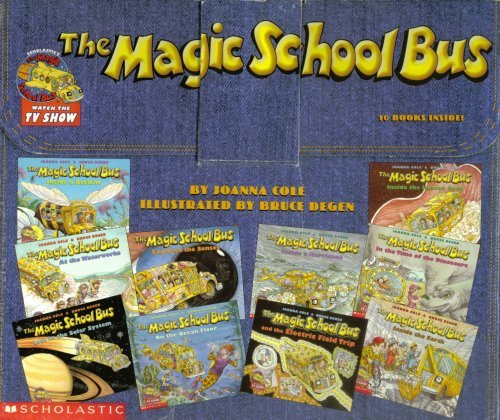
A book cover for The Magic School Bus Briefcase; Joanna Cole; Science & Math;